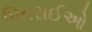
પિતરાઈઓ